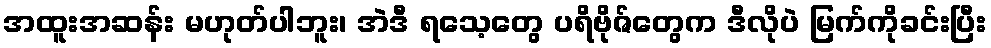
အထူးအဆန်း မဟုတ်ပါဘူး၊ အဲဒီ ရသေ့တွေ ပရိဗိုဇ်တွေက ဒီလိုပဲ မြက်ကိုခင်းပြီး